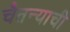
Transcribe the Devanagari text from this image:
चैतन्याची